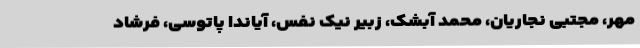
مهر، مجتبی نجاریان، محمد آبشک، زبیر نیک نفس، آیاندا پاتوسی، فرشاد